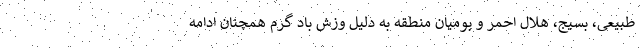
طبیعی، بسیج، هلال احمر و بومیان منطقه به دلیل وزش باد گرم همچنان ادامه